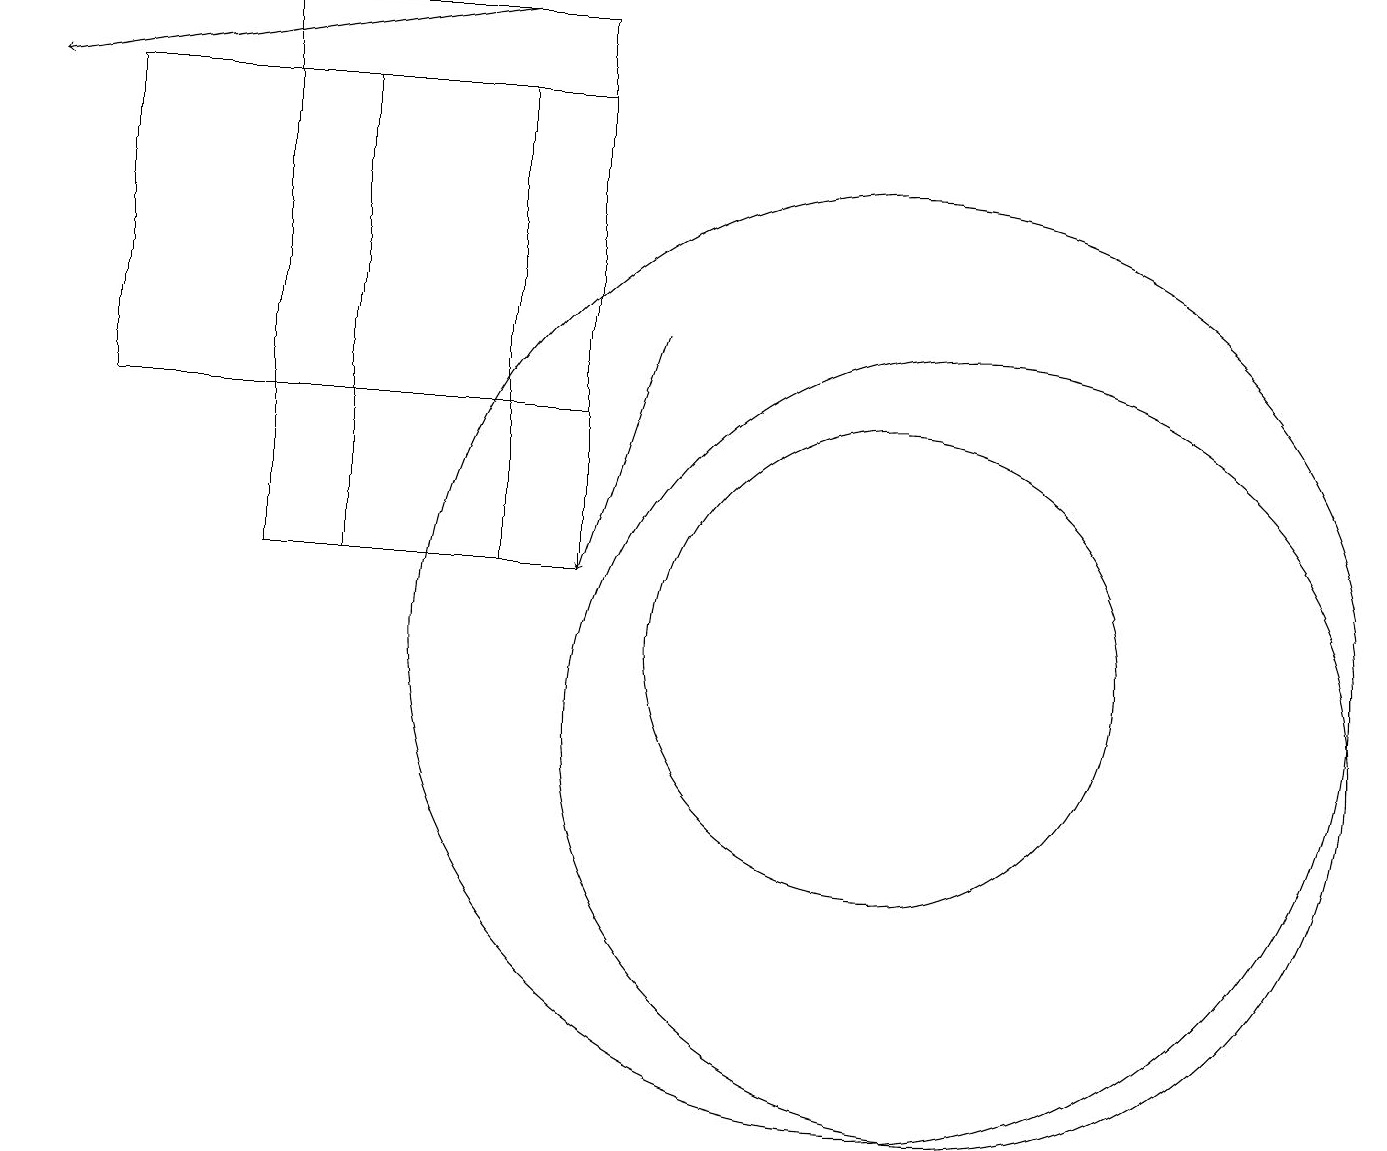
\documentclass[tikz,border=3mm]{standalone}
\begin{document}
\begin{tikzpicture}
\draw[->] (8,15) -- (7,12);
\draw (12,10) circle (5);
\draw (11,11) circle (6);
\draw (4,12) rectangle (6,18);
\draw[->] (6,19) -- (0,18);
\draw (1,18) rectangle (7,14);
\draw (3,12) rectangle (7,19);
\draw (11,11) circle (3);
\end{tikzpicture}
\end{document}